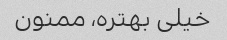
خیلی بهتره، ممنون